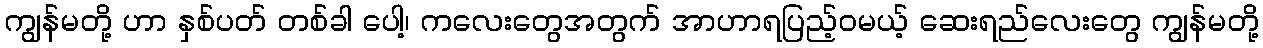
ကျွန်မတို့ ဟာ နှစ်ပတ် တစ်ခါ ပေါ့၊ ကလေးတွေအတွက် အာဟာရပြည့်ဝမယ့် ဆေးရည်လေးတွေ ကျွန်မတို့